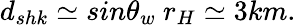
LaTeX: d_{shk}\simeq sin\theta_{w}~r_{H}\simeq 3km.